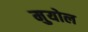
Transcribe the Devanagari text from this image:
मुयोल